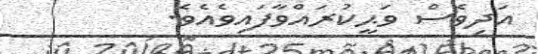
އަދިވެސް ވަޙީކުރައްވާފައިވެއެވެ.